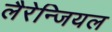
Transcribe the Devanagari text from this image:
लैरेन्जियल